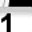
Digit: 1